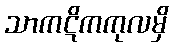
သာကဋိကကုလမှိ